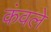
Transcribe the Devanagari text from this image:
कंवले